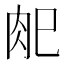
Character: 𰮆